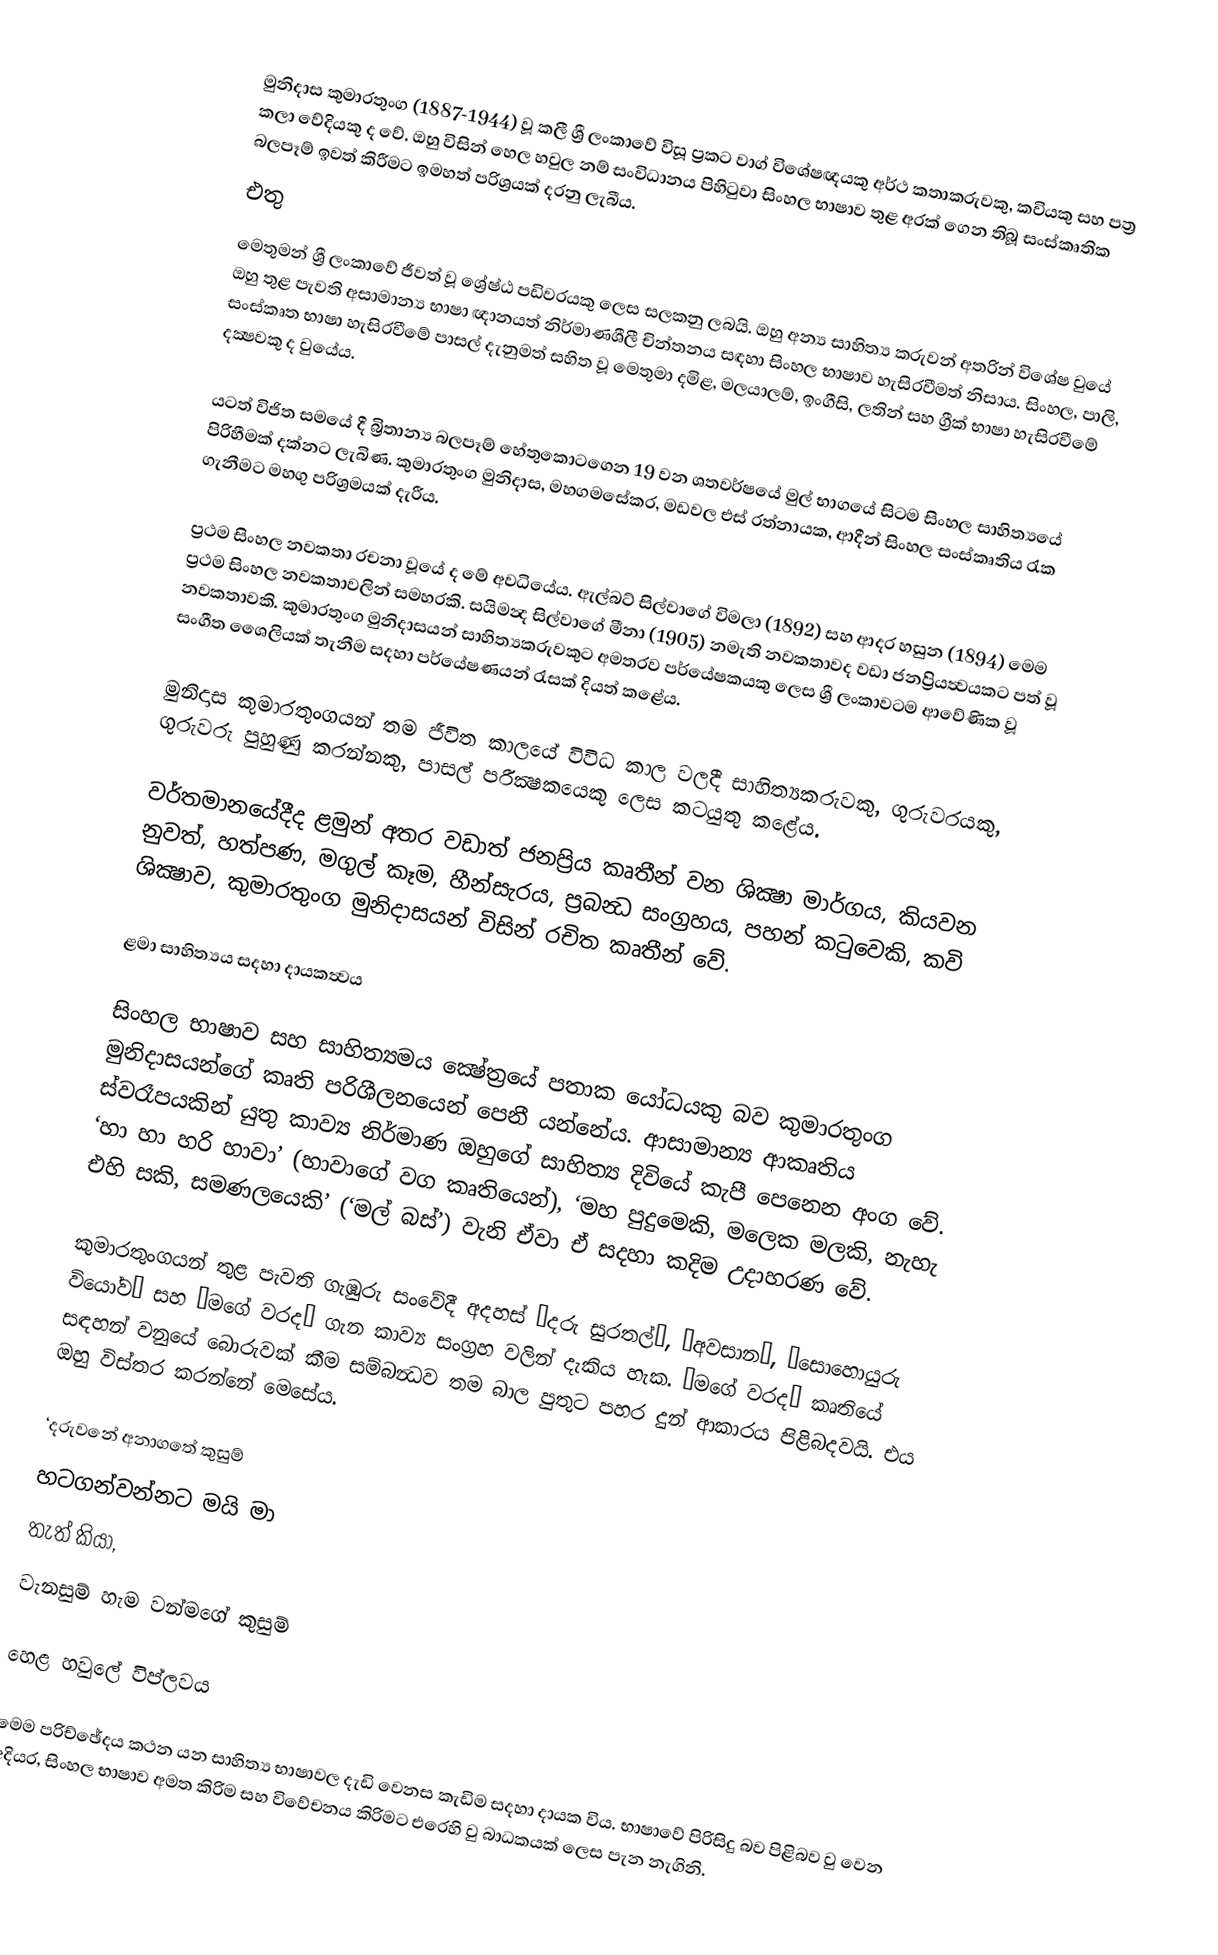
මුනිදාස කුමාරතුංග (1887-1944) වූ කලී ශ්‍රී ලංකාවේ විසූ ප්‍රකට වාග් විශේෂඥයකු අර්ථ කතාකරුවකු, කවියකු සහ පත්‍ර කලා වේදියකු ද වේ. ඔහු විසින් හෙල හවුල නම් සංවිධානය පිහිටුවා සිංහල භාෂාව තුළ අරක් ගෙන තිබූ සංස්කෘතික බලපෑම් ඉවත් කිරීමට ඉමහත් පරිශ්‍රයක්  දරනු ලැබීය.
එතු
මෙතුමන් ශ්‍රී ලංකාවේ ජීවත් වූ ශ්‍රේෂ්ඨ පඩිවරයකු ලෙස සලකනු ලබයි. ඔහු අන්‍ය සාහිත්‍ය කරුවන් අතරින් විශේෂ වුයේ ඔහු තුළ පැවති අසාමාන්‍ය භාෂා ඥානයත් නිර්මාණශීලී චින්තනය සඳහා සිංහල භාෂාව හැසිරවීමත් නිසාය. සිංහල, පාලි, සංස්කෘත භාෂා හැසිරවීමේ පාසල් දැනුමත් සහිත වූ මෙතුමා දමිළ, මලයාලම්, ඉංගීසි, ලතින් සහ ග්‍රීක් භාෂා හැසිරවීමේ දක්‍ෂවකු ද වුයේය.

යටත් විජිත සමයේ දී බ්‍රිතාන්‍ය බලපෑම් හේතුකොටගෙන 19 වන ශතවර්ෂයේ මුල් භාගයේ සිටම සිංහල සාහිත්‍යයේ පිරිහීමක් දක්නට ලැබිණ. කුමාරතුංග මුනිදාස, මහගමසේකර, මඩවල එස් රත්නායක, ආදීන් සිංහල සංස්කෘතිය රැක ගැනීමට මහගු පරිශ්‍රමයක් දැරීය.

ප්‍රථම සිංහල නවකතා රචනා වූයේ ද මේ අවධියේය. ඇල්බට් සිල්වාගේ විමලා (1892) සහ ආදර හසුන (1894) මෙම ප්‍රථම සිංහල නවකතාවලින් සමහරකි. සයිමන්‍ද සිල්වාගේ මීනා (1905) නමැති නවකතාවද වඩා ජනප්‍රියත්‍වයකට පත් වූ නවකතාවකි. කුමාරතුංග මුනිදාසයන් සාහිත්‍යකරුවකුට අමතරව පර්යේෂකයකු ලෙස ශ්‍රී ලංකාවටම ආවේණික වූ සංගීත ශෛලියක් තැනීම සදහා පර්යේෂණයන් රැසක් දියත් කළේය.

මුනිදාස කුමාරතුංගයන් තම ජීවිත කාලයේ විවිධ කාල වලදී සාහිත්‍යකරුවකු, ගුරුවරයකු, ගුරුවරු පුහුණු කරන්නකු, පාසල් පරීක්‍ෂකයෙකු ලෙස කටයුතු කළේය.

වර්තමානයේදීද ළමුන් අතර වඩාත් ජනප්‍රිය කෘතීන් වන ශික්‍ෂා මාර්ගය, කියවන නුවත්, හත්පණ, මගුල් කෑම, හීන්සැරය, ප්‍රබන්‍ධ සංග්‍රහය, පහන් කටුවෙකි, කවි ශික්‍ෂාව, කුමාරතුංග මුනිදාසයන් විසින් රචිත කෘතීන් වේ.

ළමා සාහිත්‍යය සදහා දායකත්‍වය

සිංහල භාෂාව සහ සාහිත්‍යමය ක්‍ෂේත්‍රයේ පතාක යෝධයකු බව කුමාරතුංග මුනිදාසයන්ගේ කෘති පරිශීලනයෙන් පෙනී යන්නේය. ආසාමාන්‍ය ආකෘතිය ස්වරෑපයකින් යුතු කාව්‍ය නිර්මාණ ඔහුගේ සාහිත්‍ය දිවියේ කැපී ‍පෙනෙන අංග වේ. ‘හා හා හරි හාවා’ (හාවාගේ වග කෘතියෙන්), ‘මහ පුදුමෙකි, මලෙක මලකි, නැහැ එහි සකි, සමණලයෙකි’ (‘මල් බස්’) වැනි ඒවා ඒ සදහා කදිම උදාහරණ වේ.

කුමාරතුංගයන් තුළ පැවති ගැඹුරු සංවේදී අදහස් ‘දරු සුරතල්’, ‘අවසාන’, ‘සොහොයුරු වියෝව’ සහ ‘මගේ වරද’ ගැන කාව්‍ය සංග්‍රහ වලින් දැකිය හැක. ‘මගේ වරද’ කෘතියේ සඳහන් වනුයේ බොරුවක් කීම සම්බන්‍ධව තම බාල පුතුට පහර දුන් ආකාරය පිළිබදවයි. එය ඔහු විස්තර කරන්නේ ‍මෙසේය.

‘දරුවනේ අනාගතේ කුසුම්
හටගන්වන්නට මයි මා
තැත් කියා,
වැනසුම් හැම වන්මගේ කුසුම්

හෙළ හවුලේ විප්ලවය

මෙම පරිච්ඡේදය කථන යන සාහිත්‍ය භාෂාවල දැඩි වෙනස කැඩිම සදහා දායක විය. භාෂාවේ පිරිසිදු බව පිළිබව වු වෙන අදියර, සිංහල භාෂාව අමත කිරිම සහ විවේචනය කිරිමට එරෙහි වු බාධකයක් ලෙස පැන නැගිනි.